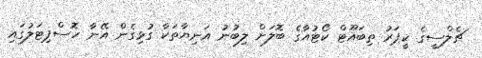
ޗެލްސީގެ ކީޕަރު ތިބައޫޓް ކޯޓުއާގެ ބޮލަށް ލިބުނު އަނިޔާތަކާ ގުޅިގެން އޭނާ ހޮސްޕިޓަލުގައި